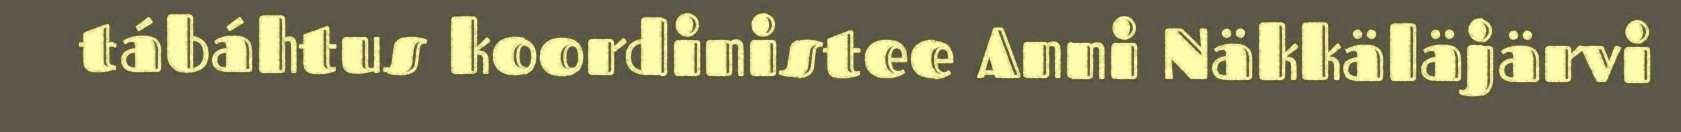
tábáhtus koordinistee Anni Näkkäläjärvi